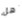
هل